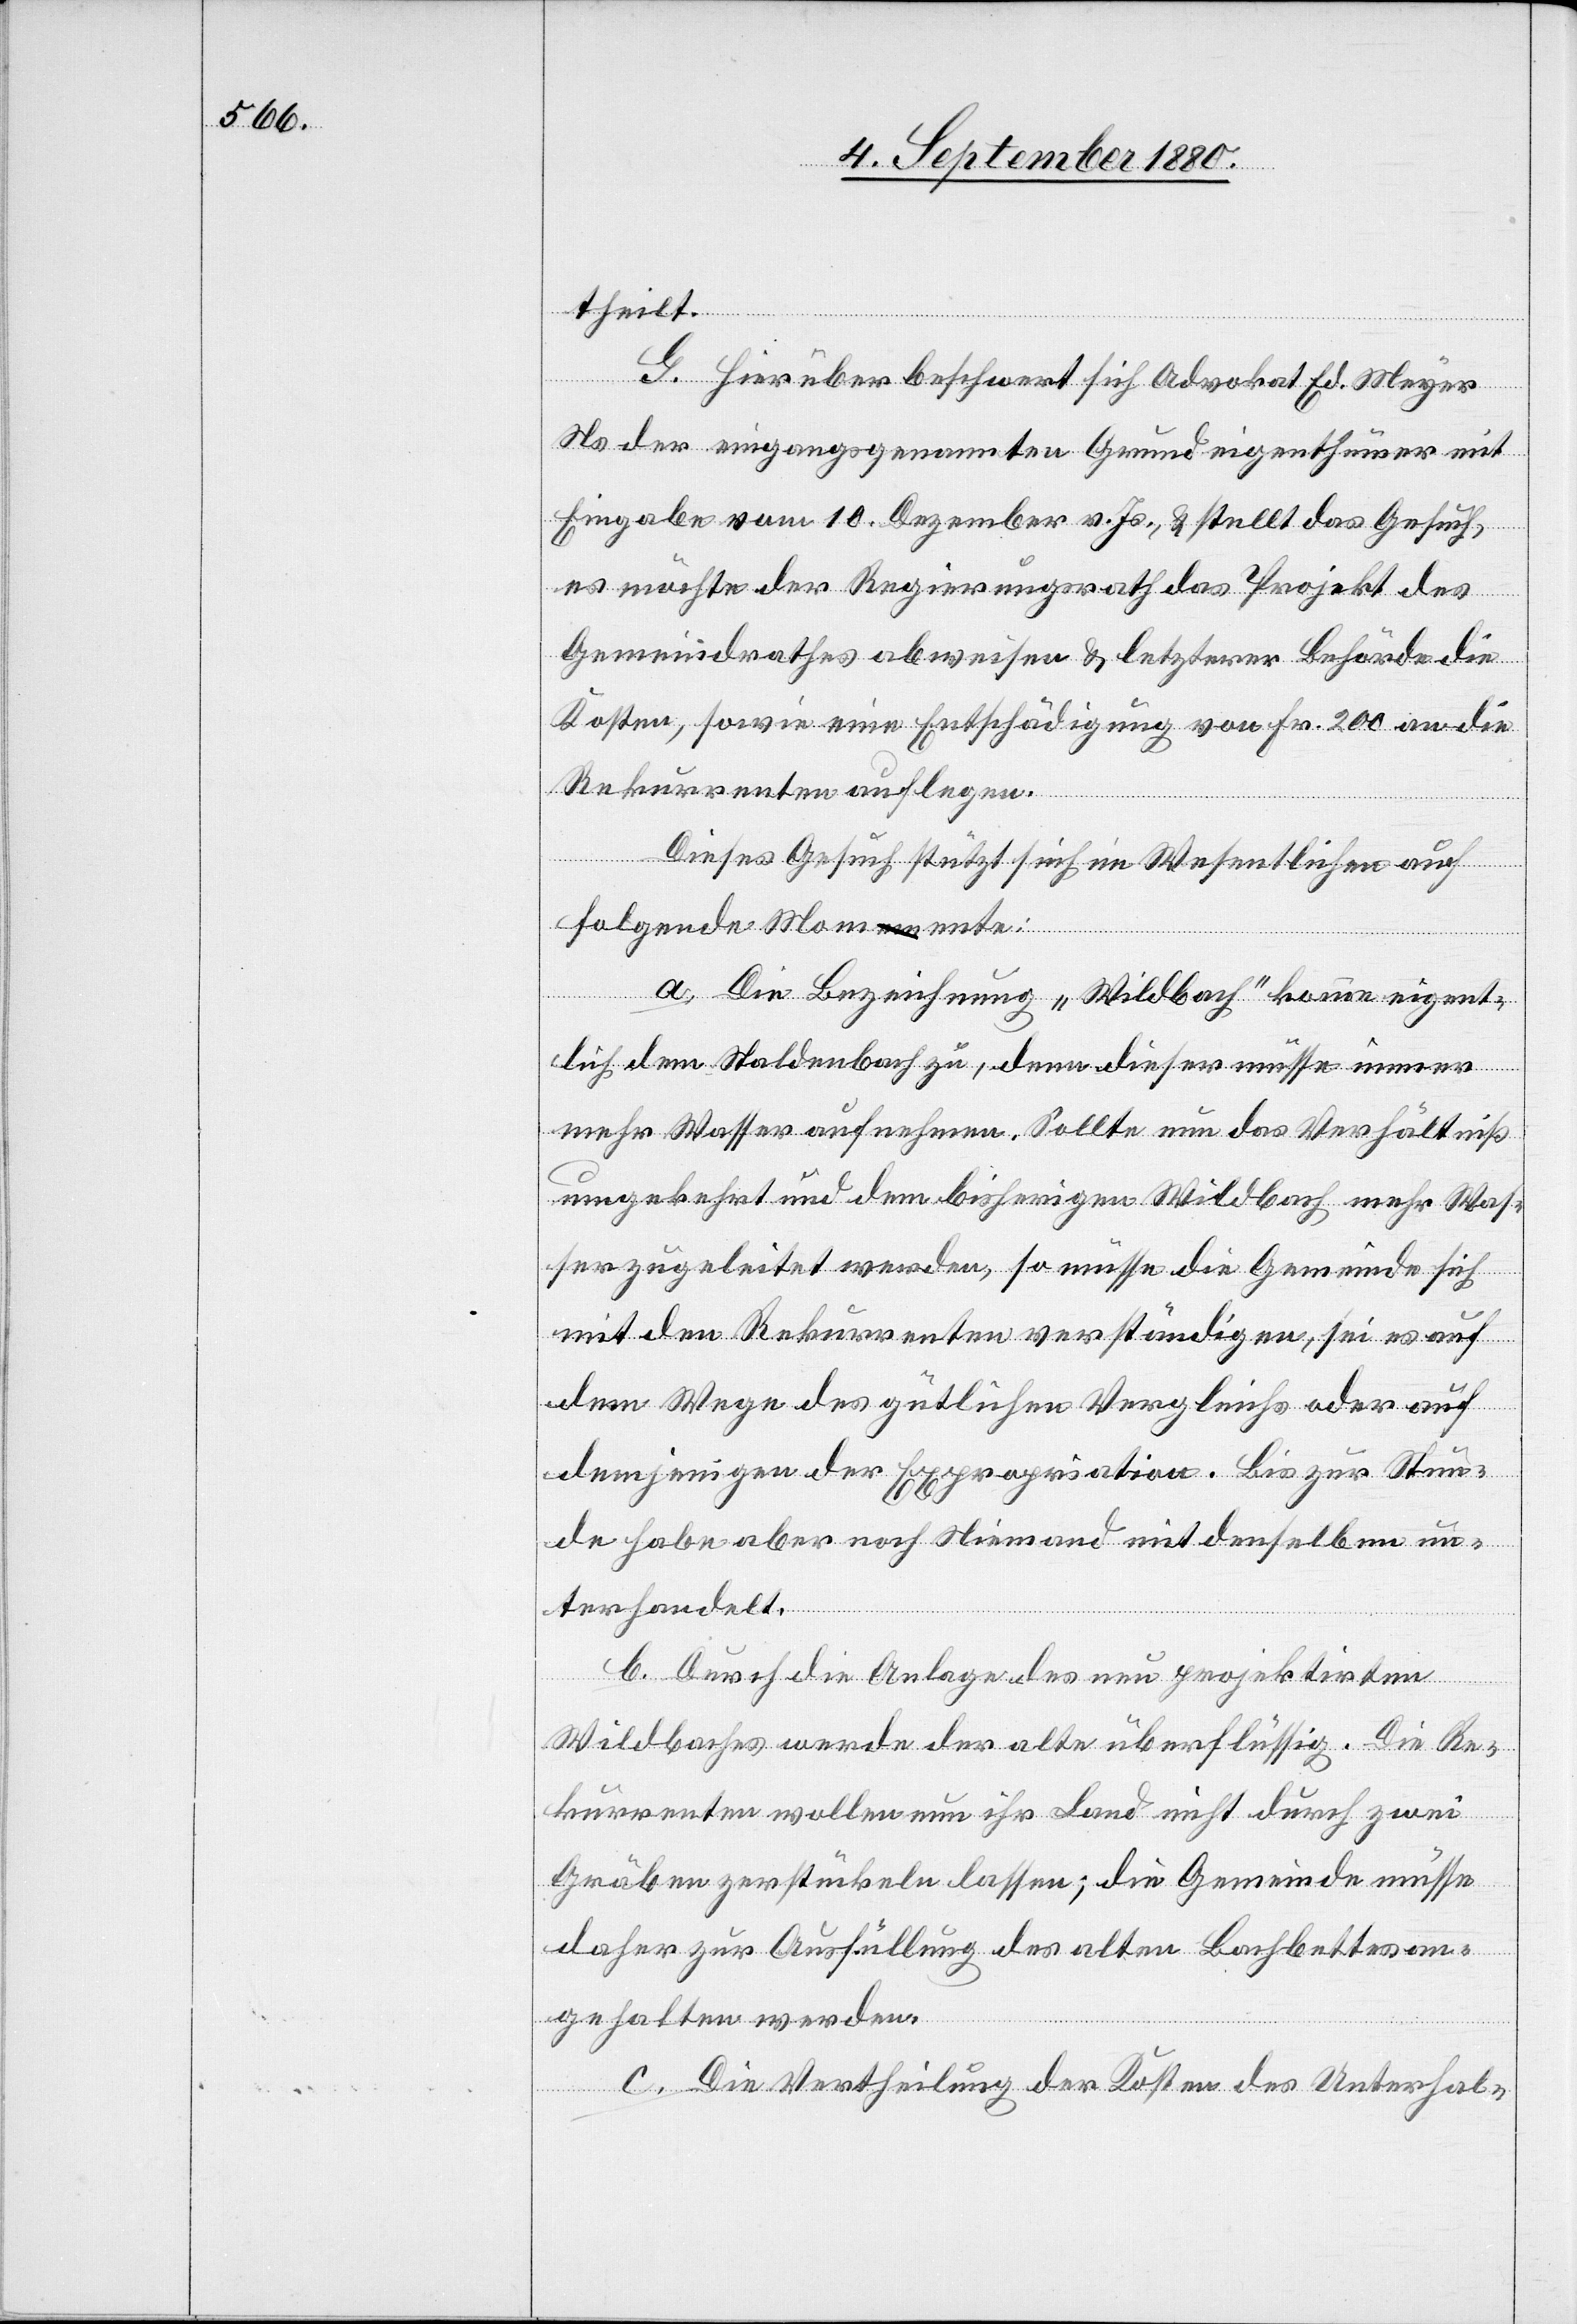
theilt.
G. Hierüber beschwert sich Advokat Ed. Meyer
Ns der eingangsgenannten Grundeigenthümer mit
Eingabe vom 10. Dezember v. Js., & stellt das Gesuch
es möchte der Regierungsrath das Projekt des
Gemeindrathes abweisen & letzterer Behörde die
Kosten, sowie eine Entschädigung von Fr. 200 an die
Rekurrenten auflegen.
Dieses Gesuch stützt sich im Wesentlichen auf
folgende Momente:
a. Die Bezeichnung „Wildbach“ komme eigent¬
lich dem Staldenbach zu, denn dieser müsse immer
mehr Wasser aufnehmen. Sollte nun das Verhältniß
umgekehrt und dem bisherigen Wildbach mehr Was¬
ser zugeleitet werden, so müsse die Gemeinde sich
mit den Rekurrenten verständigen, sei es auf
dem Wege des gütlichen Vergleichs oder auf
demjenigen der Expropriation. Bis zur Stun¬
de habe aber noch Niemand mit denselben un¬
terhandelt.
b. Durch die Anlage des neu projektirten
Wildbaches werde der alte überflüssig. Die Re¬
kurrenten wollen nun ihr Land nicht durch zwei
Gräben zerstückeln lassen; die Gemeinde müsse
daher zur Ausfüllung des alten Bachbettes an¬
gehalten werden.
c. Die Vertheilung der Kosten des Unterhal-